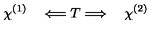
\chi ^ { ( 1 ) } \quad \Longleftarrow T \Longrightarrow \quad \chi ^ { ( 2 ) }